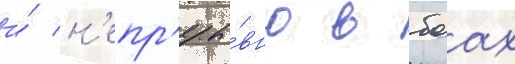
и́ н'епр'еры́вно в боах